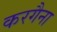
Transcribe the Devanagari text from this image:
करगैना